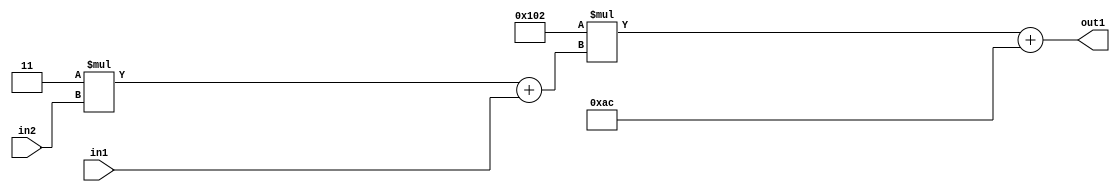
`timescale 1ps / 1ps
/*****************************************************************************
    Verilog RTL Description
    
    
    Created by: Stratus DpOpt 2019.1.01 
*******************************************************************************/

module DC_Filter_Add2i172Mul2i258Add2u1Mul2i3u2_1 (
	in2,
	in1,
	out1
	); /* architecture "behavioural" */ 
input [1:0] in2;
input  in1;
output [11:0] out1;
wire [11:0] asc001;
wire [3:0] asc002;

wire [3:0] asc002_tmp_0;
assign asc002_tmp_0 = 
	+(4'B0011 * in2);
assign asc002 = asc002_tmp_0
	+(in1);

wire [11:0] asc001_tmp_1;
assign asc001_tmp_1 = 
	+(12'B000100000010 * asc002);
assign asc001 = asc001_tmp_1
	+(12'B000010101100);

assign out1 = asc001;
endmodule

/* CADENCE  v7X4Tg4= : u9/ySgnWtBlWxVPRXgAZ4Og= ** DO NOT EDIT THIS LINE ******/